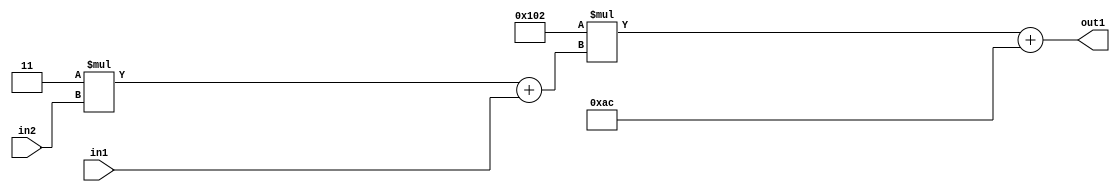
`timescale 1ps / 1ps
/*****************************************************************************
    Verilog RTL Description
    
    
    Created by: Stratus DpOpt 2019.1.01 
*******************************************************************************/

module DC_Filter_Add2i172Mul2i258Add2u1Mul2i3u2_1 (
	in2,
	in1,
	out1
	); /* architecture "behavioural" */ 
input [1:0] in2;
input  in1;
output [11:0] out1;
wire [11:0] asc001;
wire [3:0] asc002;

wire [3:0] asc002_tmp_0;
assign asc002_tmp_0 = 
	+(4'B0011 * in2);
assign asc002 = asc002_tmp_0
	+(in1);

wire [11:0] asc001_tmp_1;
assign asc001_tmp_1 = 
	+(12'B000100000010 * asc002);
assign asc001 = asc001_tmp_1
	+(12'B000010101100);

assign out1 = asc001;
endmodule

/* CADENCE  v7X4Tg4= : u9/ySgnWtBlWxVPRXgAZ4Og= ** DO NOT EDIT THIS LINE ******/